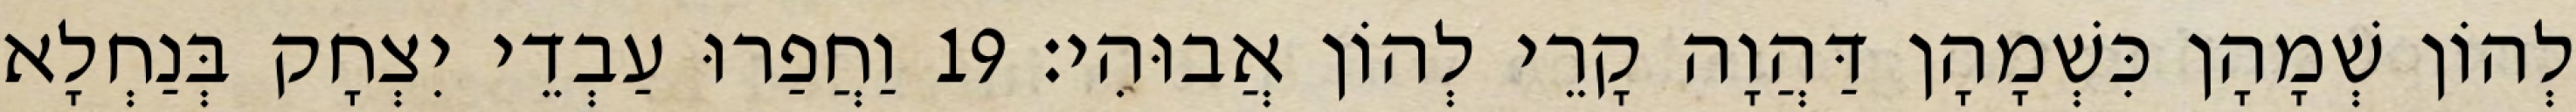
לְהוֹן שְׁמָהָן כִּשְׁמָהָן דַּהֲוָה קָרֵי לְהוֹן אֲבוּהִי׃ 19 וַחֲפַרוּ עַבְדֵי יִצְחָק בְּנַחְלָא